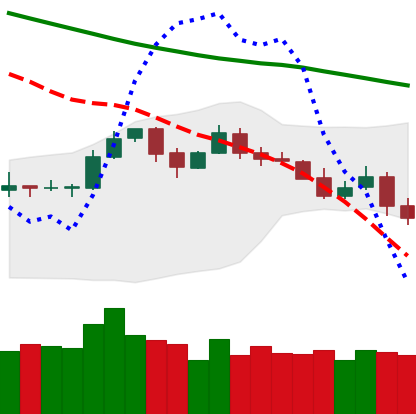
Ticker: LTC-USD
Chart end date: 2019-11-19
Forward return: -19.577%
Label: down_7plus